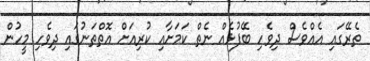
ތެރޭގައި އެއްވެސް ދިވެހި ބޭފުޅެއް ނެތް ކަމަށާއި ކުރިއަށް އޮތްތަނުގައި ދިވެހި މީހުން